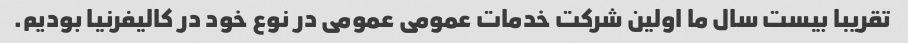
تقریبا بیست سال ما اولین شرکت خدمات عمومی عمومی در نوع خود در کالیفرنیا بودیم.